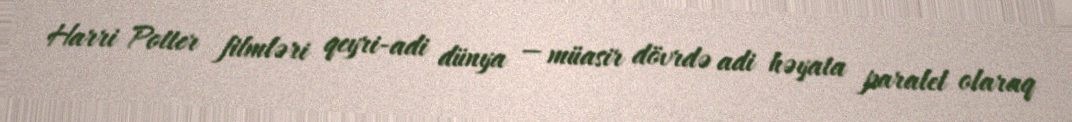
Harri Potter filmləri qeyri-adi dünya — müasir dövrdə adi həyata paralel olaraq